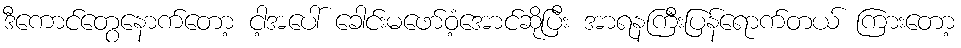
ဒီကောင်တွေနောက်တော့ ငါ့အပေါ် ခေါင်းမဖော်ဝံ့အောင်ဆိုပြီး အာရနကြီးပြန်ရောက်တယ် ကြားတော့